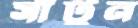
সাঁটুন